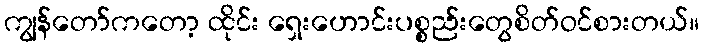
ကျွန်တော်ကတော့ ထိုင်း ရှေးဟောင်းပစ္စည်းတွေစိတ်ဝင်စားတယ်။